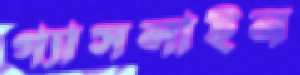
গ্যাসলাইন